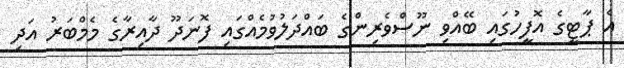
އެ ޕާޓީގެ އޮފީހުގައި ބޭއްވި ނޫސްވެރިންގެ ބައްދަލުވުމެއްގައި ފޮނަދޫ ދާއިރާގެ މެމްބަރު އަދި